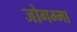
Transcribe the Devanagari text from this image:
जोगम्मा